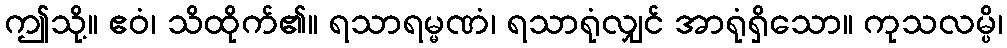
ဤသို့။ ဧဝံ၊ သိထိုက်၏။ ရသာရမ္မဏံ၊ ရသာရုံလျှင် အာရုံရှိသော။ ကုသလမ္ပိ၊